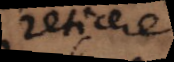
reticere